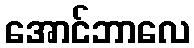
အောင်ဘာလေ